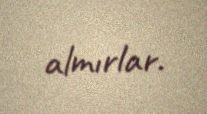
almırlar.